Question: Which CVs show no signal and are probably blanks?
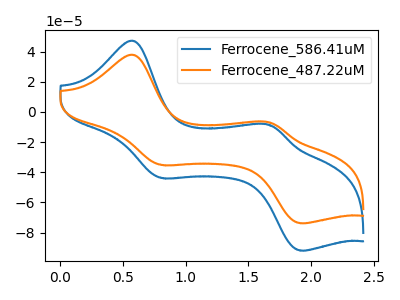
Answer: <think>The blue curve "Ferrocene_586.41uM" has anodic peaks at (0.60V, 47.10uA) (1.65V, -8.85uA) and cathodic peaks at (0.80V, -43.80uA) (1.90V, -91.95uA). The orange curve "Ferrocene_487.22uM" has anodic peaks at (0.60V, 37.80uA) (1.65V, -7.10uA) and cathodic peaks at (0.80V, -35.20uA) (1.90V, -73.85uA).</think>
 <answer>There are not any CV's on this graph that are likely to be blanks.</answer>
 <eval>none</eval>